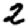
Digit: 2